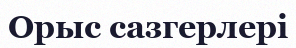
Орыс сазгерлері